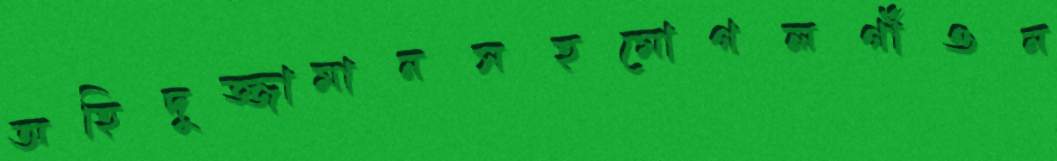
অহিদুজ্জামানসহমোগলগাঁওন